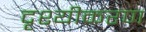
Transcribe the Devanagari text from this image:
दृश्यीकरण